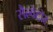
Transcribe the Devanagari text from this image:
सैल्वेटोर